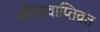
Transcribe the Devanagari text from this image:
शीलावाप्तिव्रत